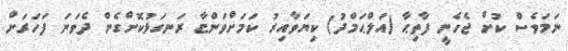
ނަމަވެސް ކުށް ޖެހެނީ ފާތިޙާ (އަލްޙަމްދު) ކިޔަވާއިރު ކަމަށްވަންޏާ ރަނގަޅުކޮށްގެން ދެވަނަ ފަހަރަށް